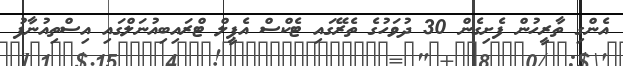
އެންގި ތާރީހުން ފެށިގެން 30 ދުވަހުގެ ތެރޭގައި ޓެކްސް އެޕީލް ޓްރައިބިއުނަލްގައި އިސްތިއުނާފު